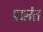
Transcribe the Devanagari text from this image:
प्राऩंत